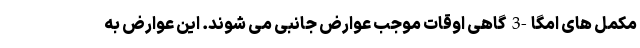
مکمل های امگا-3 گاهی اوقات موجب عوارض جانبی می شوند. این عوارض به